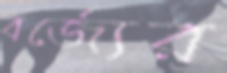
বর্জ্যের